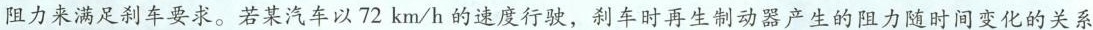
阻力来满足刹车要求。若某汽车以72km/h的速度行驶，刹车时再生制动器产生的阻力随时间变化的关系